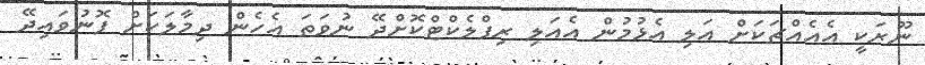
ނޫރަކީ އެއެއްޗަކަށް އަލި އެޅުމުން އެއަލި ރިފްލެކްޓްކޮށްދޭ ނުވަތަ އެހެން ދިމާލަކަށް ފޮނުވައިދޭ